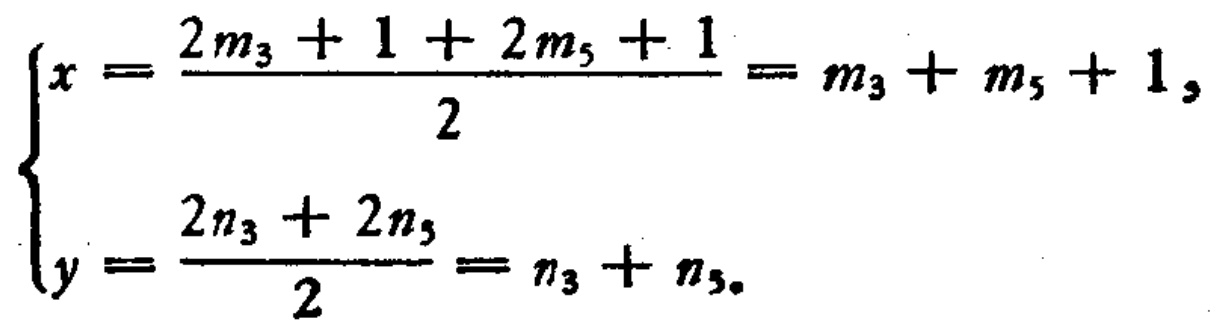
\[
\begin{cases}
x = \frac{2m_{3} + 1 + 2m_{5} + 1}{2} = m_{3} + m_{5} + 1,\\
y = \frac{2n_{3} + 2n_{5}}{2} = n_{3} + n_{5}.
\end{cases}
\]